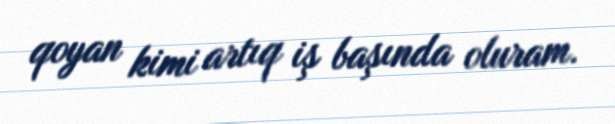
qoyan kimi artıq iş başında oluram.